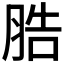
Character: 𦛩